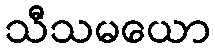
သီသမယော